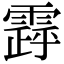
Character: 𩄗